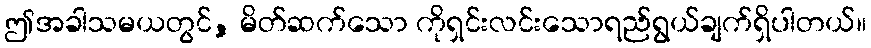
ဤအခါသမယတွင်, မိတ်ဆက်သော ကိုရှင်းလင်းသောရည်ရွယ်ချက်ရှိပါတယ်။